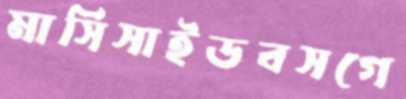
মার্সিসাইডবসগে